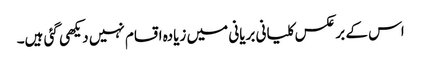
اس کے بر عکس کلیانی بریانی میں زیادہ اقسام نہیں دیکھی گئی ہیں۔